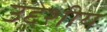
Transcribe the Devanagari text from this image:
उद्देशीय